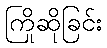
ကြိုဆိုခြင်း